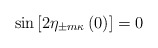
\begin{align*}\sin\left[2\eta_{\pm m\kappa}\left(0\right)\right]=0\end{align*}